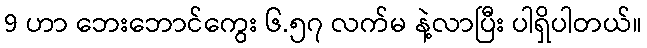
9 ဟာ ဘေးဘောင်ကွေး ၆.၅၇ လက်မ နဲ့လာပြီး ပါရှိပါတယ်။